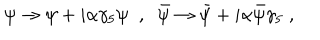
\psi \to \psi + i \alpha \gamma _ { 5 } \psi \; \; , \; \; { \bar { \psi } } \to { \bar { \psi } } + i \alpha { \bar { \psi } } \gamma _ { 5 } \; ,